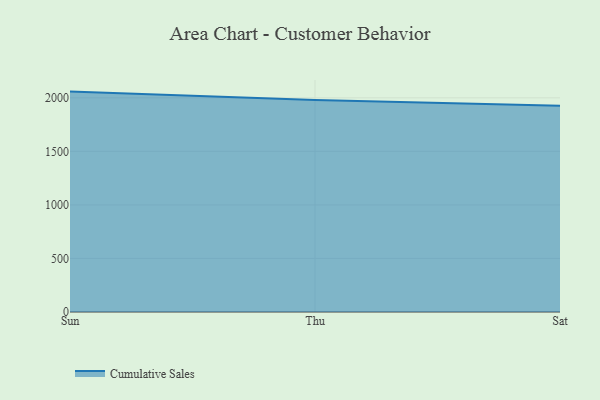
{"axis": {"x": "Day", "y": "Revenue (USD Million)"}, "legend": ["Cumulative Sales"], "data": [{"x": "Sun", "y": 2058.1, "type": "Cumulative Sales"}, {"x": "Thu", "y": 1979.7, "type": "Cumulative Sales"}, {"x": "Sat", "y": 1925.6, "type": "Cumulative Sales"}]}